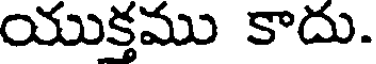
యుక్తము కాదు.